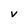
Character: v